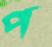
প